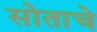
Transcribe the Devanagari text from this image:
सोताचे